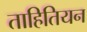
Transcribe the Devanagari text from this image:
ताहितियन